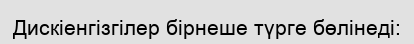
Дискіенгізгілер бірнеше түрге бөлінеді: